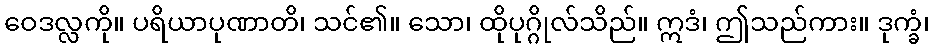
ဝေဒလ္လကို။ ပရိယာပုဏာတိ၊ သင်၏။ သော၊ ထိုပုဂ္ဂိုလ်သိည်။ ဣဒံ၊ ဤသည်ကား။ ဒုက္ခံ၊